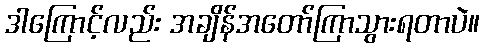
ဒါကြောင့်လည်း အချိန်အတော်ကြာသွားရတာပဲ။